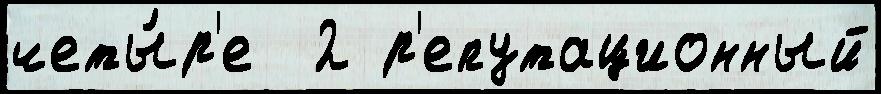
четы́р'е  2 р'епутационный